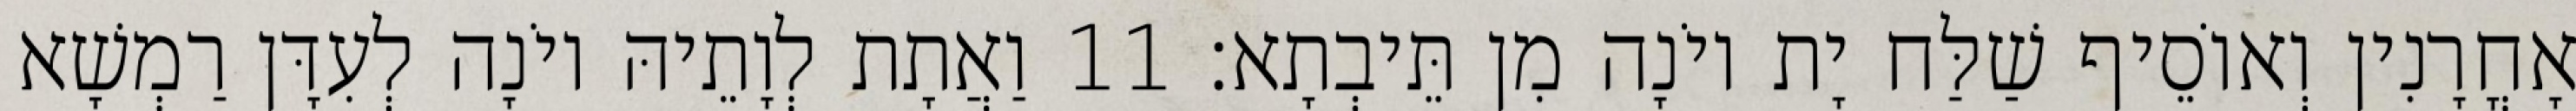
אָחֳרָנִין וְאוֹסֵיף שַׁלַּח יָת יוֹנָה מִן תֵּיבְתָא׃ 11 וַאֲתָת לְוָתֵיהּ יוֹנָה לְעִדָּן רַמְשָׁא